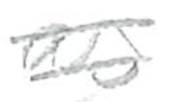
Text: as
Cross-out: double-line
Writing tool: pencil